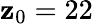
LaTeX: \mathbf{z}_{0}=22